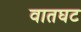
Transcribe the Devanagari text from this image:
वातघट